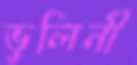
ভুলিনী